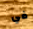
في